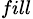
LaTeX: _{fill}